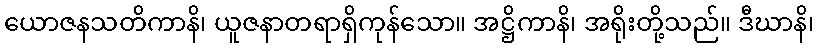
ယောဇနသတိကာနိ၊ ယူဇနာတရာရှိကုန်သော။ အဋ္ဌိကာနိ၊ အရိုးတို့သည်။ ဒီဃာနိ၊